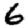
Digit: 6